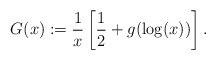
\begin{align*}G(x) := \frac 1x \left[\frac 12 + g(\log(x))\right].\end{align*}